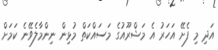
އަދި މި ފެށޭ އަހަރު އެ މަޝްރޫއުގެ މަސައްކަތް މުޅިން ނިންމާލެވޭނެ ކަމަށް